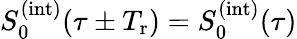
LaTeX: S_{0}^{(\mathrm{int})}(\tau\pm T_{\mathrm{r}})=S_{0}^{(\mathrm{int})}(\tau)